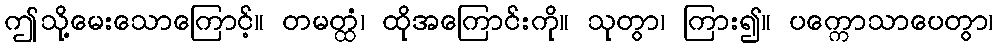
ဤသို့မေးသောကြောင့်။ တမတ္ထံ၊ ထိုအကြောင်းကို။ သုတွာ၊ ကြား၍။ ပက္ကောသာပေတွာ၊